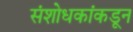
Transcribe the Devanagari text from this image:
संशोधकांकडून